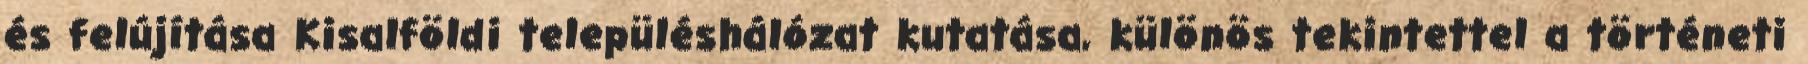
és felújítása Kisalföldi településhálózat kutatása, különös tekintettel a történeti